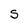
Character: S